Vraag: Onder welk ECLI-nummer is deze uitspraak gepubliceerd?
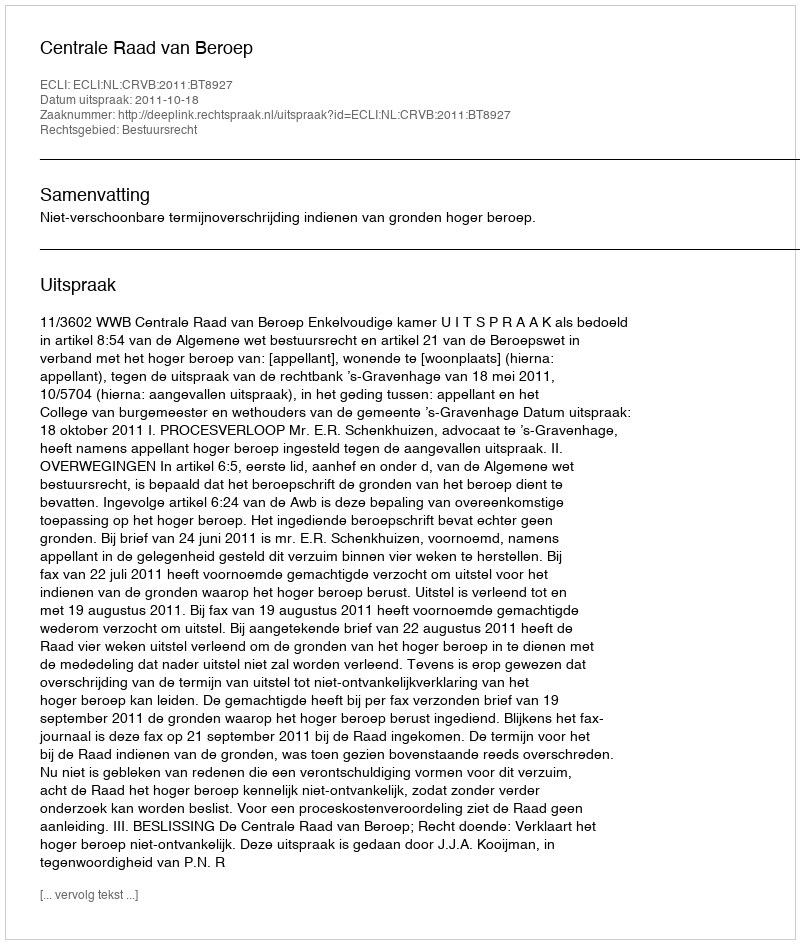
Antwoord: ECLI:NL:CRVB:2011:BT8927